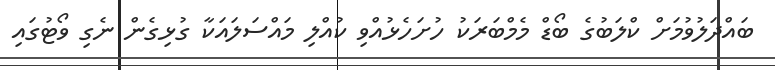
ބައްދަލުވުމަށް ކްލަބުގެ ބޯޑް މެމްބަރަކު ހުށަހެޅުއްވި ކުއްލި މައްސަލައަކާ ގުޅިގެން ނެގި ވޯޓުގައި